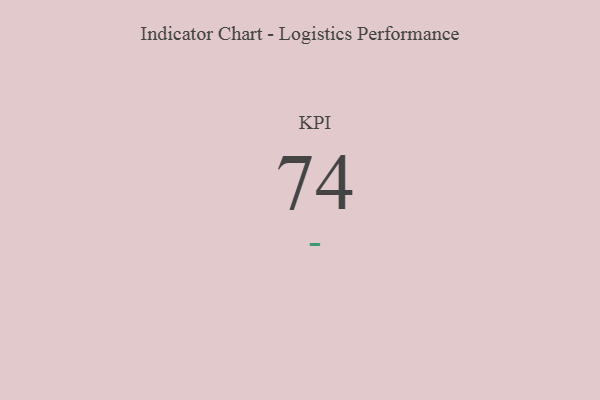
{"axis": {"x": "KPI", "y": "Value"}, "legend": [""], "data": [{"x": "KPI", "y": 74, "type": ""}]}